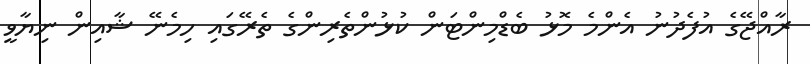
ރާއްޖޭގެ އުފެދުނު އެންމެ މޮޅު ބެޑްމިންޓަން ކުޅުންތެރިންގެ ތެރޭގައި ހިމެނޭ ޝާއިން ނިޔާވީ